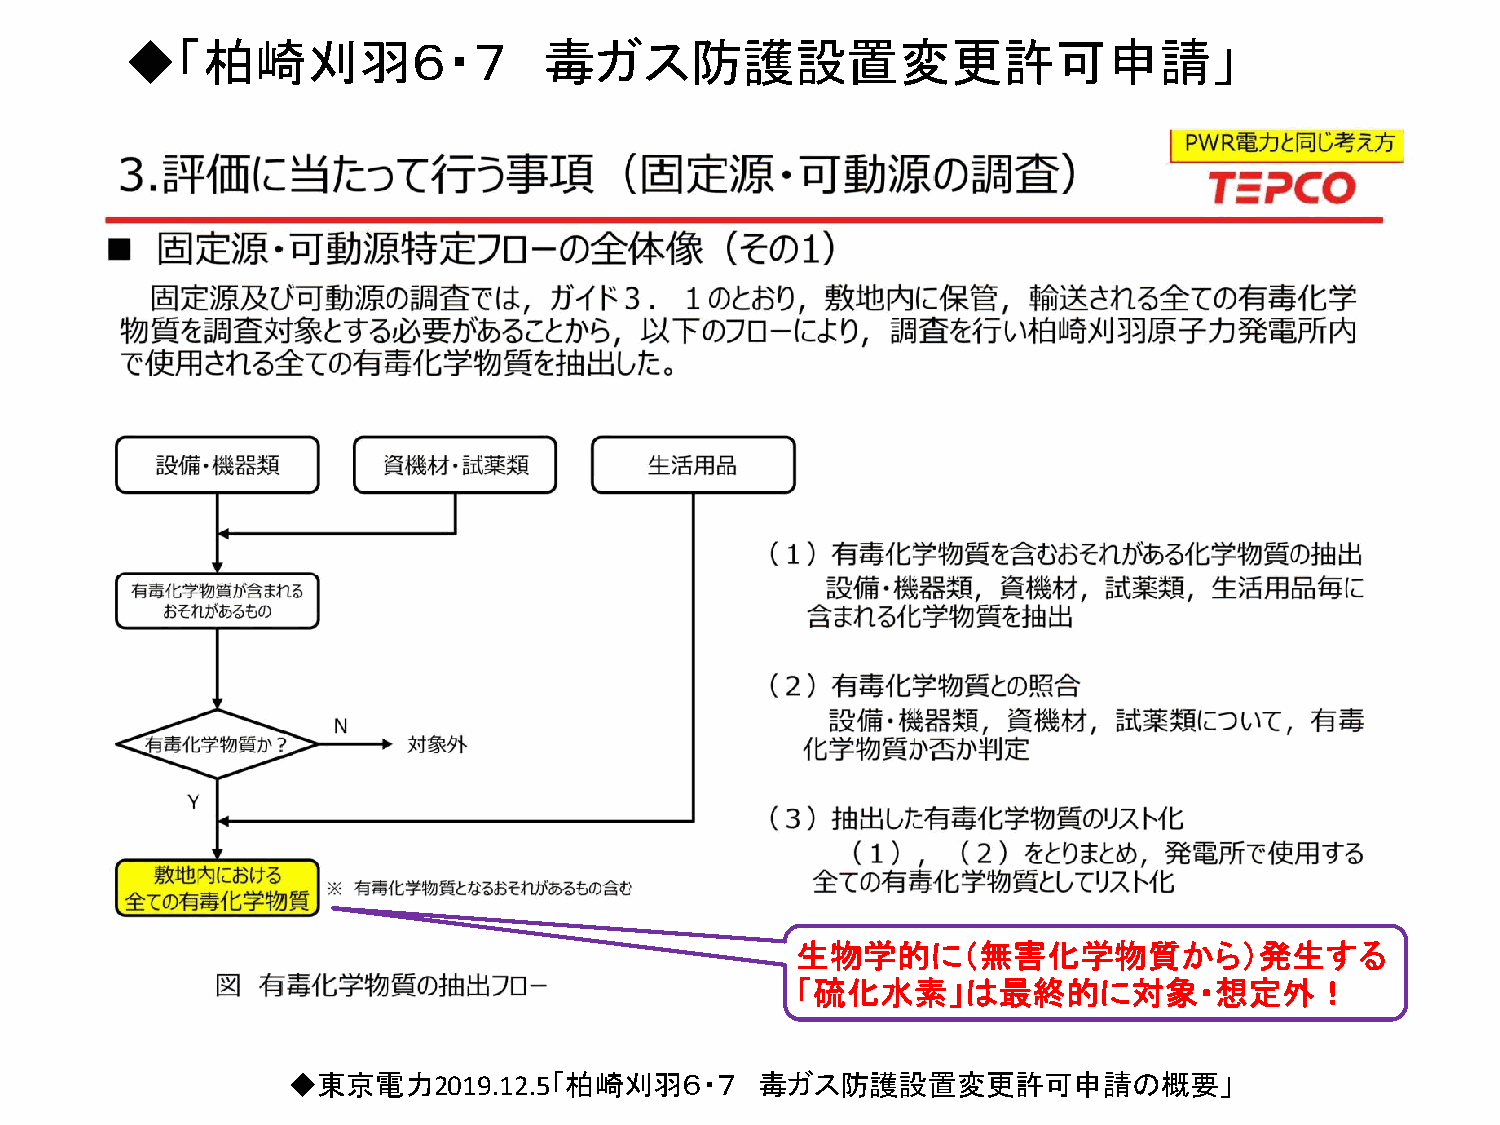
◆「柏崎刈羽６・７                   毒ガス防護設置変更許可申請」
 生物学的に（無害化学物質から）発生する
 「硫化水素」は最終的に対象・想定外！
 ◆東京電力2019.12.5「柏崎刈羽６・７         毒ガス防護設置変更許可申請の概要」